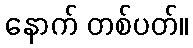
နောက် တစ်ပတ်။